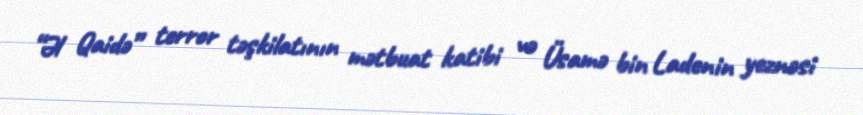
“Əl Qaidə” terror təşkilatının mətbuat katibi və Üsamə bin Ladenin yeznəsi